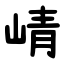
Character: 崝